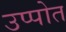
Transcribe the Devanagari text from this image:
उप्पोत